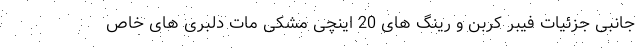
جانبی جزئیات فیبر کربن و رینگ های 20 اینچی مشکی مات دلبری های خاص